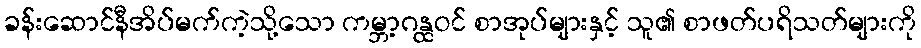
ခန်းဆောင်နီအိပ်မက်ကဲ့သို့သော ကမ္ဘာ့ဂန္ထဝင် စာအုပ်များနှင့် သူ၏ စာဖတ်ပရိသတ်များကို